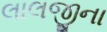
લાલજીના